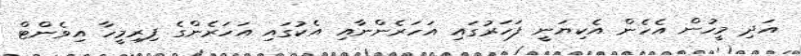
އަދި މީހުން އެހެން އެކިޔަނީ ފަހަރުގައި އަހަރެންނާއި އެކުގައި އަހަރެންގެ ފިރިމީހާ އިވެންޓް